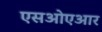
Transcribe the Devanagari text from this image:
एसओएआर